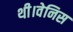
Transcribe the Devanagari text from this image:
थी।वेनिस